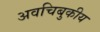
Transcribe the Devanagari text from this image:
अवचिबुकीय